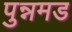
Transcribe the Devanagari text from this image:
पुन्नमड